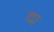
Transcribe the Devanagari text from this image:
द्म